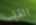
القلب